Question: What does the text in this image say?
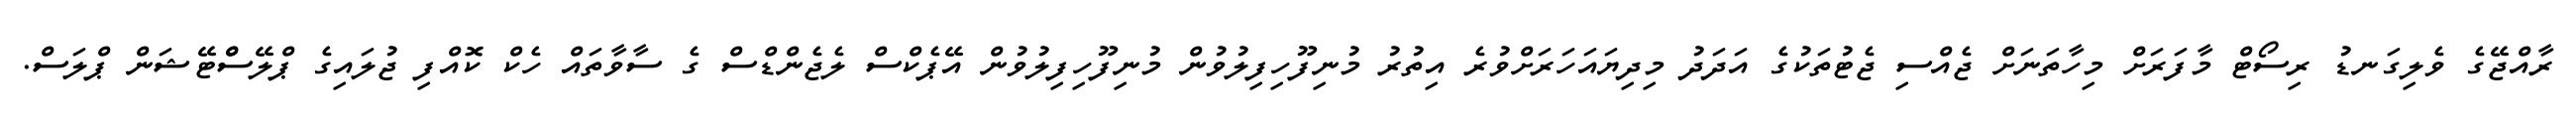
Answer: ރާއްޖޭގެ ވެލިގަނޑު ރިސޯޓް މާފަރަށް މިހާތަނަށް ޖެއްސި ޖެޓުތަކުގެ އަދަދު މިދިޔައަހަރަށްވުރެ އިތުރު މުނިފޫހިފިލުވުން މުނިފޫހިފިލުވުން އޭޕެކްސް ލެޖެންޑްސް ގެ ސާވާތައް ހެކް ކޮއްފި ޖުލައިގެ ޕްލޭސްްޓޭޝަން ޕްލަސް.